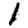
Digit: 1